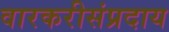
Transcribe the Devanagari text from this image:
वारकरीसंप्रदाय